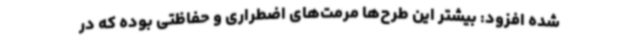
شده افزود: بیشتر این طرح‌ها مرمت‌های اضطراری و حفاظتی بوده که در